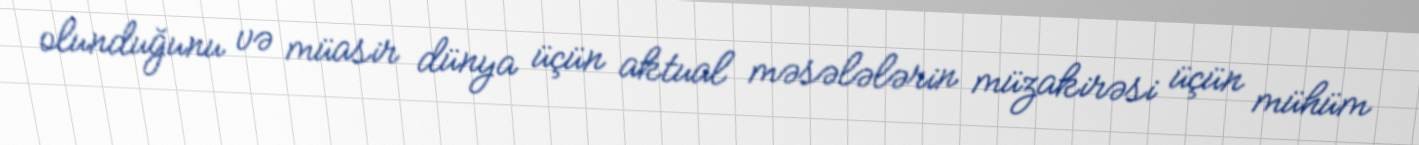
olunduğunu və müasir dünya üçün aktual məsələlərin müzakirəsi üçün mühüm